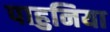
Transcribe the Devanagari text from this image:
पाहुनिया